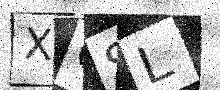
Text: XOSL